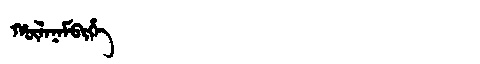
Manchu: ᡥᡡᠯᠠᠨᠠᠮᠪᡳᡥᡝ
Romanization: HŪLANAMBIHE